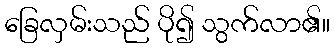
ခြေလှမ်းသည် ပို၍ သွက်လာ၏။